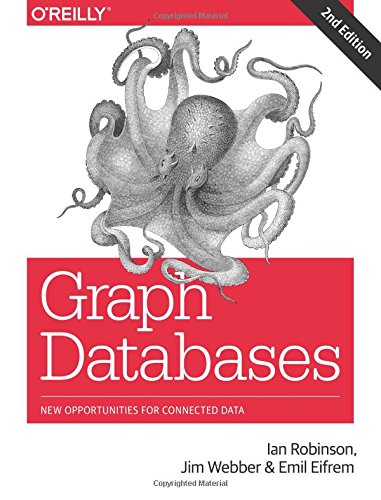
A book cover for Graph Databases: New Opportunities for Connected Data; Ian Robinson; Computers & Technology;